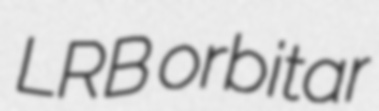
LRB orbitar